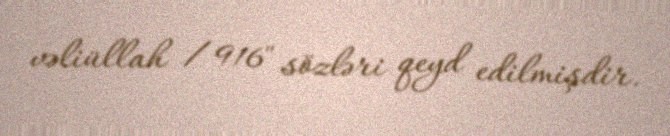
vəliüllah / 916" sözləri qeyd edilmişdir.